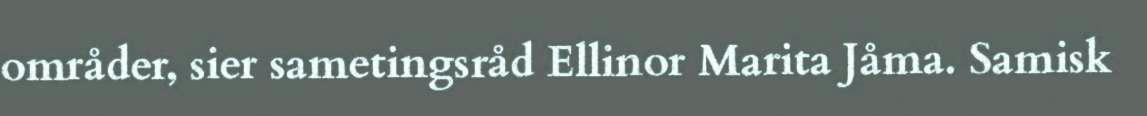
områder, sier sametingsråd Ellinor Marita Jåma. Samisk